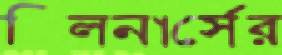
ক্লিনার্সের